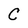
Character: C